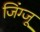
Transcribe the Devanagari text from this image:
जिंग्जू